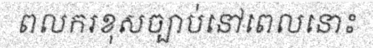
ពលករខុសច្បាប់នៅពេលនោះ